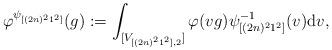
LaTeX: \begin{align*}\varphi^{\psi_{[(2n)^21^2]}}(g):=\int_{[V_{[(2n)^21^2], 2}]}\varphi(vg) \psi^{-1}_{[(2n)^21^2]}(v) \mathrm{d}v,\end{align*}